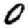
Digit: 0